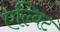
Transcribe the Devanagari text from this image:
एल्विट